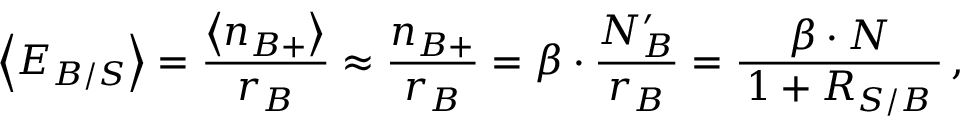
\quad \: \left< E _ { B / S } \right> = \frac { \left< n _ { B + } \right> } { r _ { B } } \approx \frac { n _ { B + } } { r _ { B } } = \beta \cdot \frac { N _ { B } ^ { \prime } } { r _ { B } } = \frac { \beta \cdot N } { \, 1 + R _ { S / B } \, } \, ,